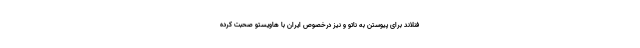
فنلاند برای پیوستن به ناتو و نیز درخصوص ایران با هاویستو صحبت کرده